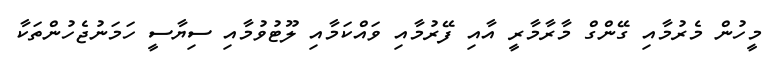
މީހުން މެރުމާއި ގޭންގް މާރާމާރީ އާއި ފޭރުމާއި ވައްކަމާއި ލޫޓުވުމާއި ސިޔާސީ ހަމަނުޖެހުންތަކާ